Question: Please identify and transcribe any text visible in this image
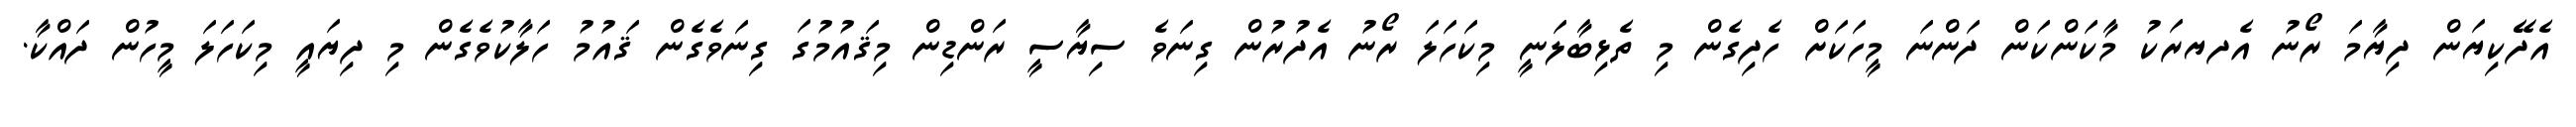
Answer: އެދޭކިޔަން ދިޔާމަ ރޯނު އެދޔރަކު މާކަންކަން ދަންނަ މީހަކަށް ހެދިގެން މި ތެޅިބާލަނީ މިކަހަލަ ރޯނު އެދުރުން ގިނަވެ ސިޔާސީ ރަންޑިން މިޤައުމުގަ ގިނަވެގެން ޤައުމު ހަލާކުވެގެން މި ދިޔައީ މިކަހަލަ މީހުން ދައްކާ.